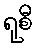
ရုစီ